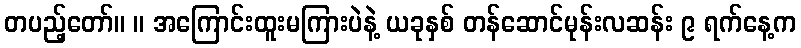
တပည့်တော်။ ။ အကြောင်းထူးမကြားပဲနဲ့ ယခုနှစ် တန်ဆောင်မုန်းလဆန်း ၉ ရက်နေ့က